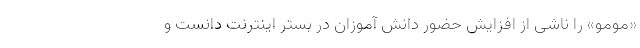
«مومو» را ناشی از افزایش حضور دانش آموزان در بستر اینترنت دانست و